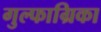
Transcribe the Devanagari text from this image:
गुल्फाग्रिका